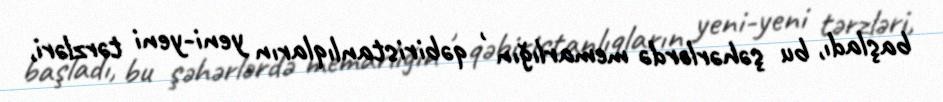
başladı, bu şəhərlərdə memarlığın , qəbiristanlıqların yeni-yeni tərzləri,